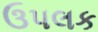
ઉપલક